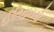
ઈતિહાસથી